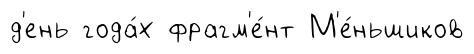
д'ень года́х фрагм'е́нт М'е́ньшиков